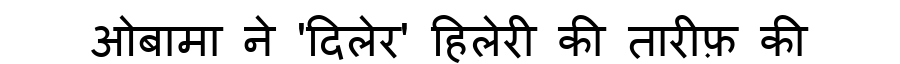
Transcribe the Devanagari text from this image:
ओबामा ने 'दिलेर' हिलेरी की तारीफ़ की